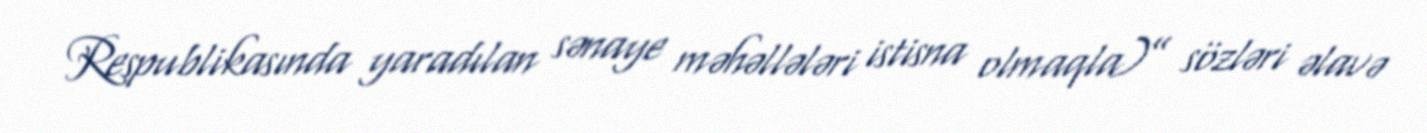
Respublikasında yaradılan sənaye məhəllələri istisna olmaqla)” sözləri əlavə